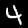
Digit: 4